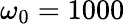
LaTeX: \omega_{0}=1000